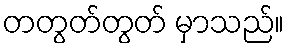
တတွတ်တွတ် မှာသည်။